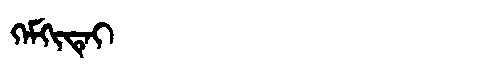
Manchu: ᡴᡝᠮᡴᡳᡨᡝᡳ
Romanization: KEMKITEI